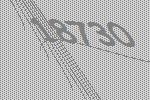
18730